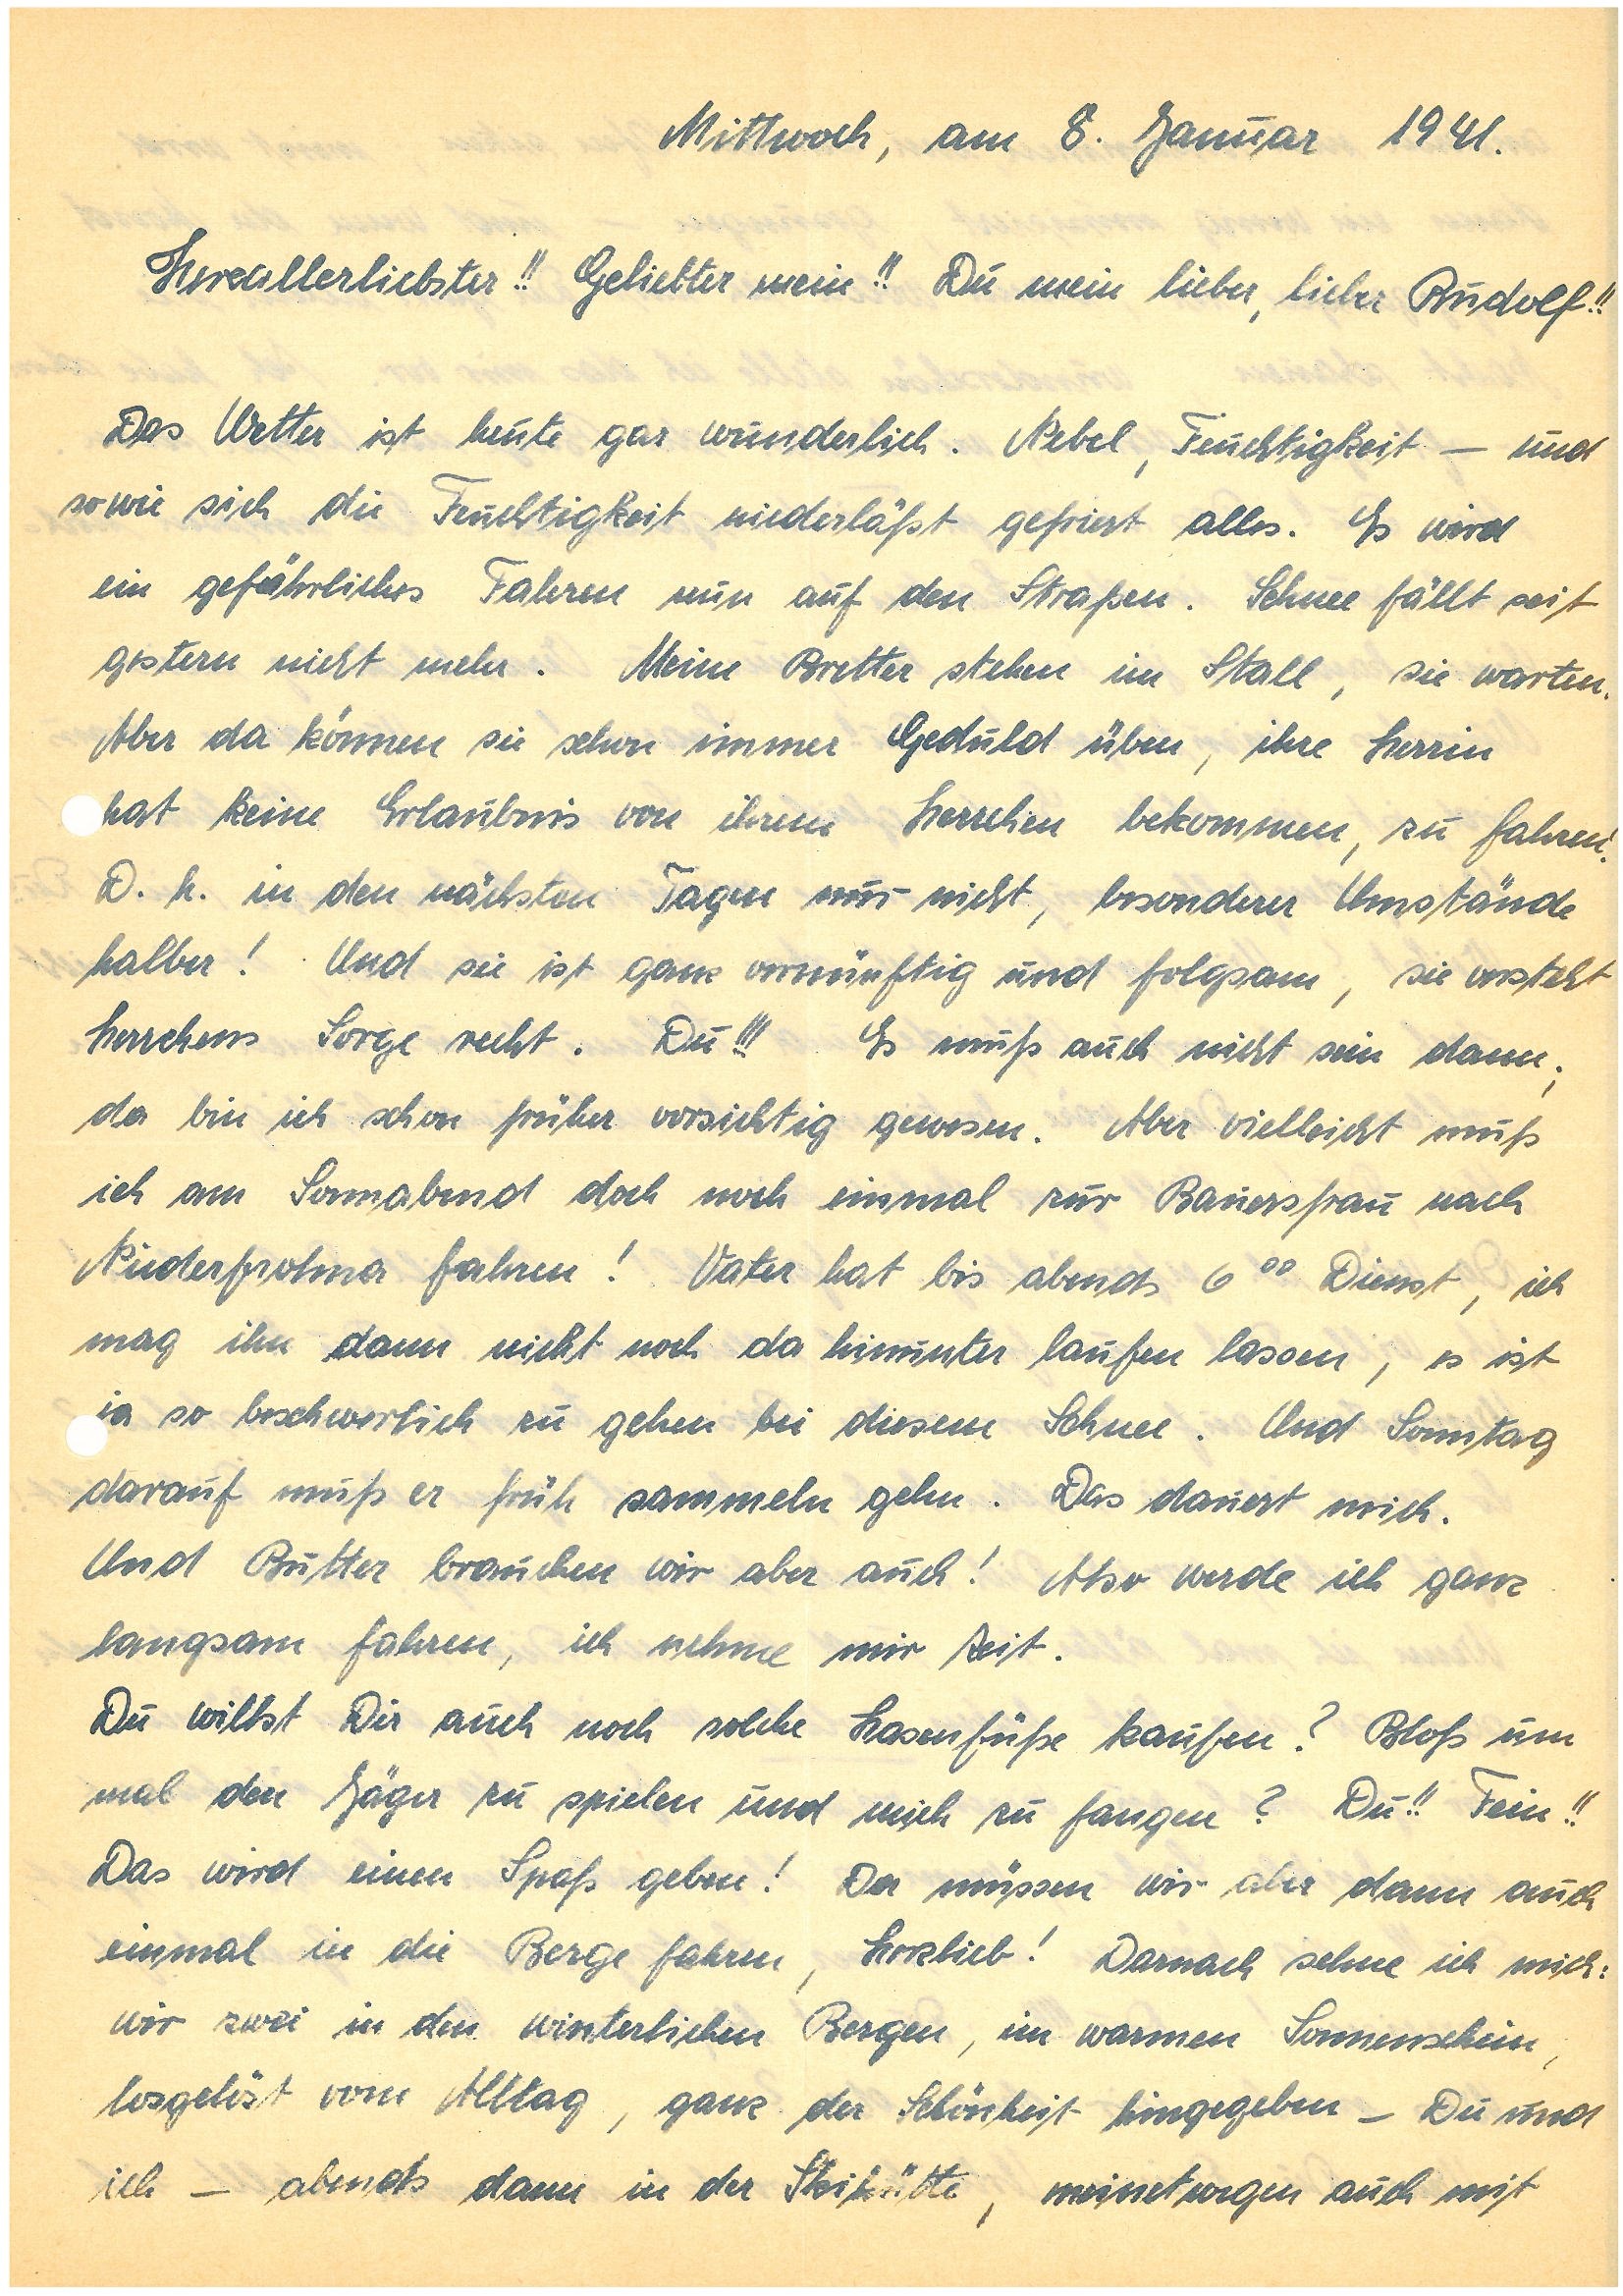
Mittwoch, am 8. Januar 1941.
Herzallerliebster!! Geliebter mein!! Du mein lieber, lieber!!
Das Wetter ist heute gar wunderlich. Nebel, Feuchtigkeit – und
sowie sich die Feuchtigkeit niederläßt gefriert alles. Es wird
ein gefährliches Fahren nun auf den Straßen. Schnee fällt seit
gestern nicht mehr. Meine Bretter stehen im Stall, sie warten.
Aber da können sie schon immer Geduld üben, ihre Herrin
hat keine Erlaubnis von ihrem Herrchen bekommen, zu fahren:
D h in den nächsten Tagen nur nicht, besonderer Umstände
halber! Und sie ist ganz vernünftig und folgsam, sie versteht
Herrchens Sorge recht. Du!!! Es muß auch nicht sein dann;
da bin ich schon früher vorsichtig gewesen. Aber vielleicht muß
ich am Sonnabend doch noch einmal zur Bauersfrau nach
N. fahren! Vater hat bis abends 600 Dienst, ich
mag ihn dann nicht noch da hinunter laufen lassen, es ist
ja so beschwerlich zu gehen bei diesem Schnee. Und Sonntag
darauf muß er früh sammeln gehn. Das dauert mich.
Und Butter brauchen wir aber auch! Also werde ich ganz
langsam fahren, ich nehme mir Zeit.
Du willst Dir auch noch solche Hasenfüße kaufen? Bloß um
mal den Jäger zu spielen und mich zu fangen? Du!! Fein!!
Das wird einen Spaß geben! Da müssen wir aber dann auch
einmal in die Berge fahren, Herzlieb! Danach sehne ich mich:
wir zwei in den winterlichen Bergen, im warmen Sonnenschein,
losgelöst vom Alltag, ganz der Schönheit hingegeben – Du und
ich – abends dann in der Skihütte, meinetwegen auch mit